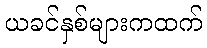
ယခင်နှစ်များကထက်